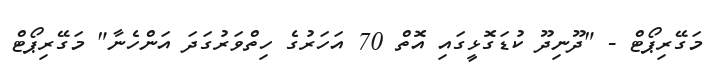
މަގޭރިޕޯޓް - "ދޫނިދޫ ކުޑަގޮޅީގައި އޮތް 70 އަހަރުގެ ހިތްވަރުގަދަ އަންހެނާ" މަގޭރިޕޯޓް